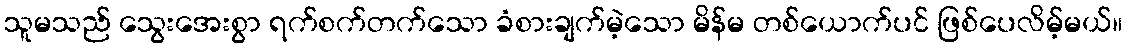
သူမသည် သွေးအေးစွာ ရက်စက်တက်သော ခံစားချက်မဲ့သော မိန်မ တစ်ယောက်ပင် ဖြစ်ပေလိမ့်မယ်။